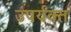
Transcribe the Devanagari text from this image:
उपर्यक्त